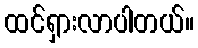
ထင်ရှားလာပါတယ်။